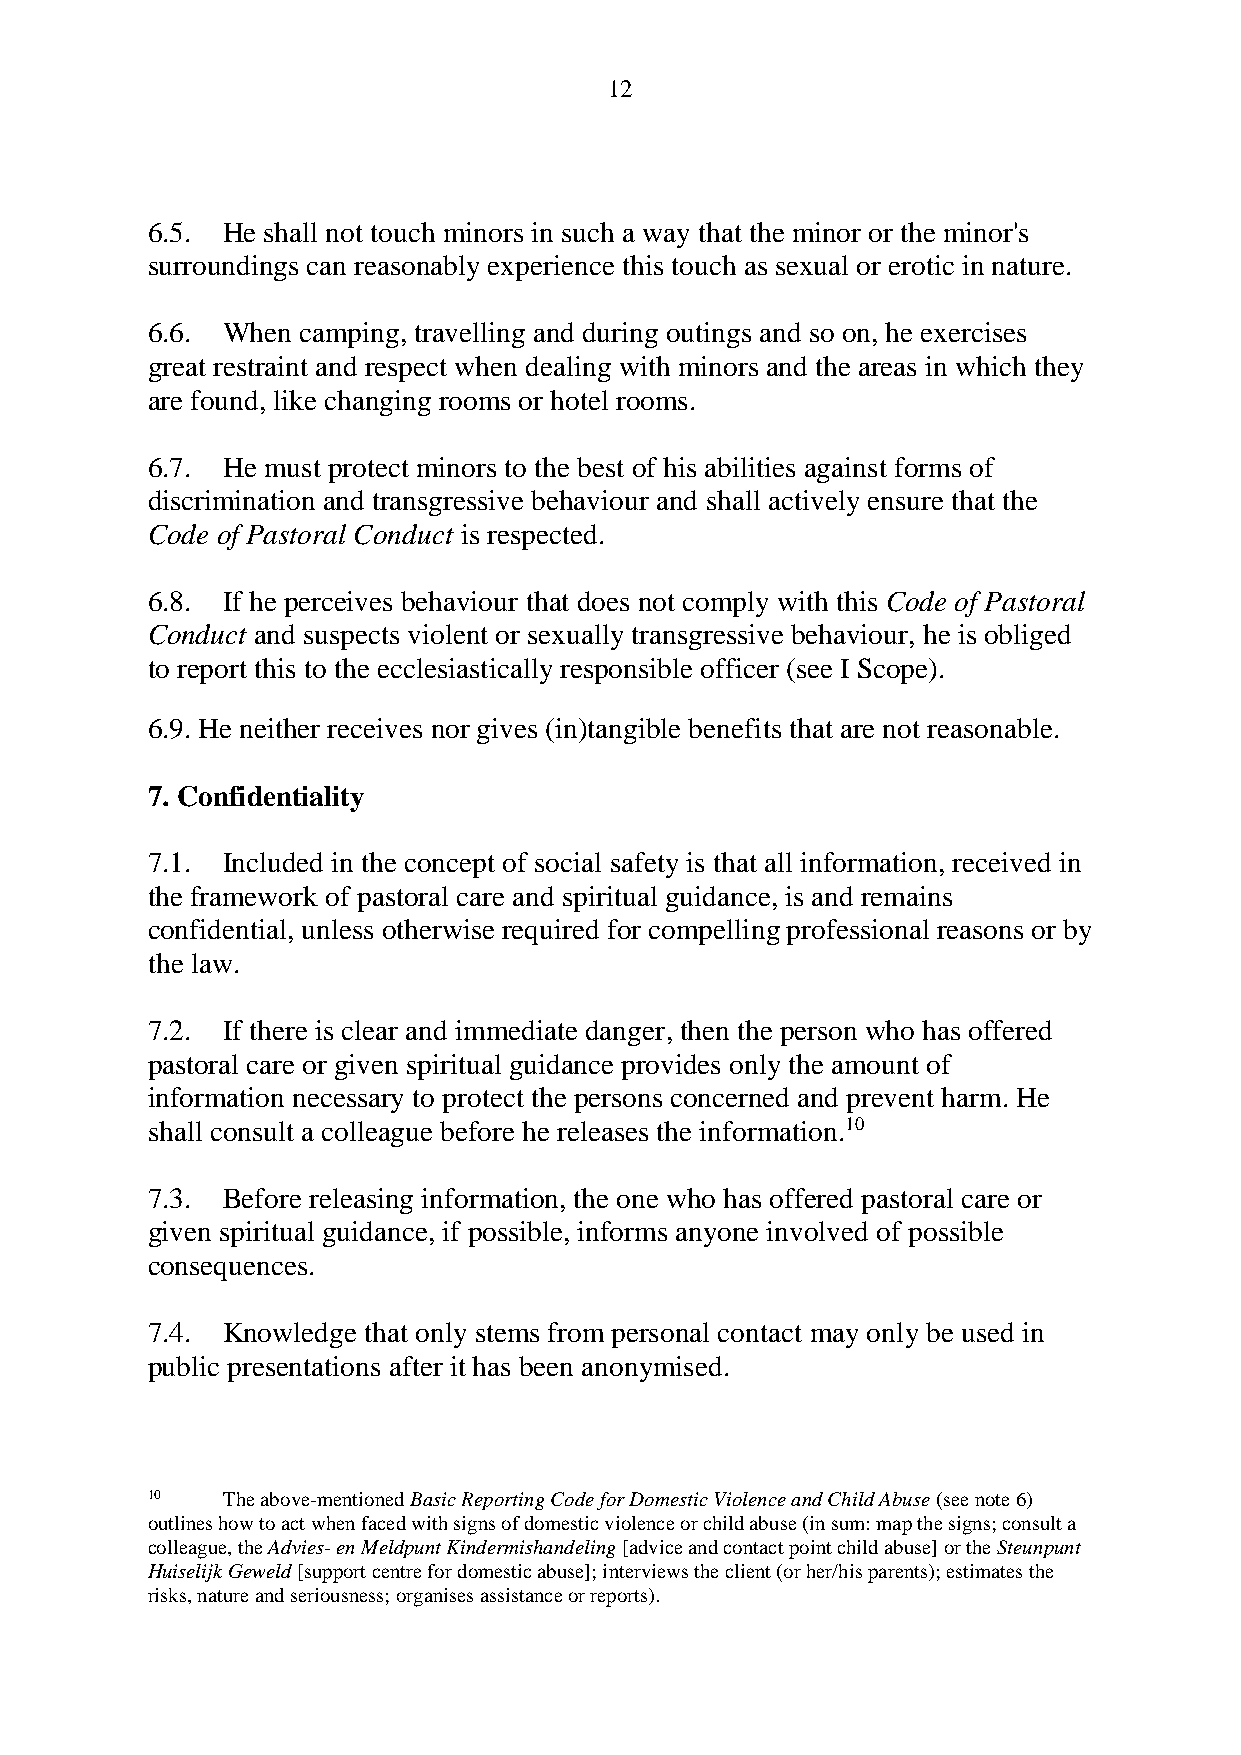
12
 6.5. He shall not touch minors in such a way that the minor or the minor's
 surroundings can reasonably experience this touch as sexual or erotic in nature.
 6.6. When camping, travelling and during outings and so on, he exercises
 great restraint and respect when dealing with minors and the areas in which they
 are found, like changing rooms or hotel rooms.
 6.7. He must protect minors to the best of his abilities against forms of
 discrimination and transgressive behaviour and shall actively ensure that the
 Code of Pastoral Conduct is respected.
 6.8. If he perceives behaviour that does not comply with this Code of Pastoral
 Conduct and suspects violent or sexually transgressive behaviour, he is obliged
 to report this to the ecclesiastically responsible officer (see I Scope).
 6.9. He neither receives nor gives (in)tangible benefits that are not reasonable.
 7. Confidentiality
 7.1. Included in the concept of social safety is that all information, received in
 the framework of pastoral care and spiritual guidance, is and remains
 confidential, unless otherwise required for compelling professional reasons or by
 the law.
 7.2. If there is clear and immediate danger, then the person who has offered
 pastoral care or given spiritual guidance provides only the amount of
 information necessary to protect the persons concerned and prevent harm. He
 shall consult a colleague before he releases the information.10
 7.3. Before releasing information, the one who has offered pastoral care or
 given spiritual guidance, if possible, informs anyone involved of possible
 consequences.
 7.4. Knowledge that only stems from personal contact may only be used in
 public presentations after it has been anonymised.
 10   The above-mentioned Basic Reporting Code for Domestic Violence and Child Abuse (see note 6)
 outlines how to act when faced with signs of domestic violence or child abuse (in sum: map the signs; consult a
 colleague, the Advies- en Meldpunt Kindermishandeling [advice and contact point child abuse] or the Steunpunt
 Huiselijk Geweld [support centre for domestic abuse]; interviews the client (or her/his parents); estimates the
 risks, nature and seriousness; organises assistance or reports).